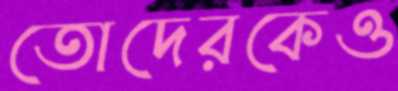
তোদেরকেও